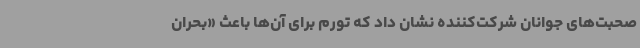
صحبت‌های جوانان شرکت‌کننده نشان داد که تورم برای آن‌ها باعث «بحران